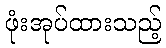
ဖုံးအုပ်ထားသည့်